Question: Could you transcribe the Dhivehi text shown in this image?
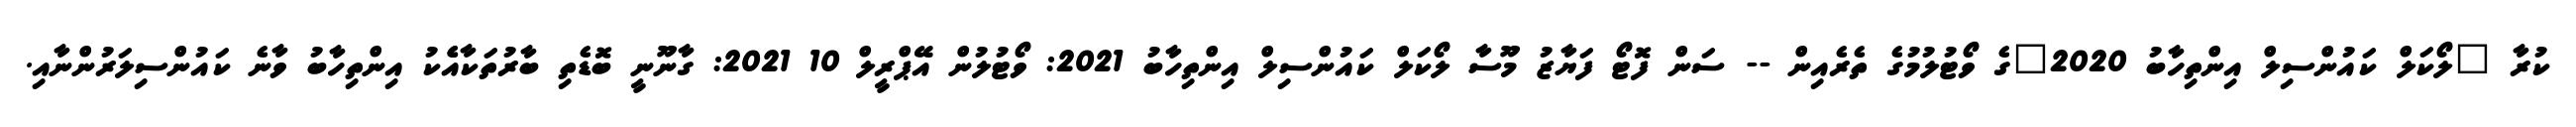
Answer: ކުރާ "ލޯކަލް ކައުންސިލް އިންތިހާބު 2020"ގެ ވޯޓުލުމުގެ ތެރެއިން -- ސަން ފޮޓޯ ފަޔާޒު މޫސާ ލޯކަލް ކައުންސިލް އިންތިހާބު 2021: ވޯޓުލުން އޭޕްރީލް 10 2021: ގާނޫނީ ބޮޑެތި ބާރުތަކާއެެކު އިންތިހާބު ވާނެ ކައުންސިލަރުންނާއި.